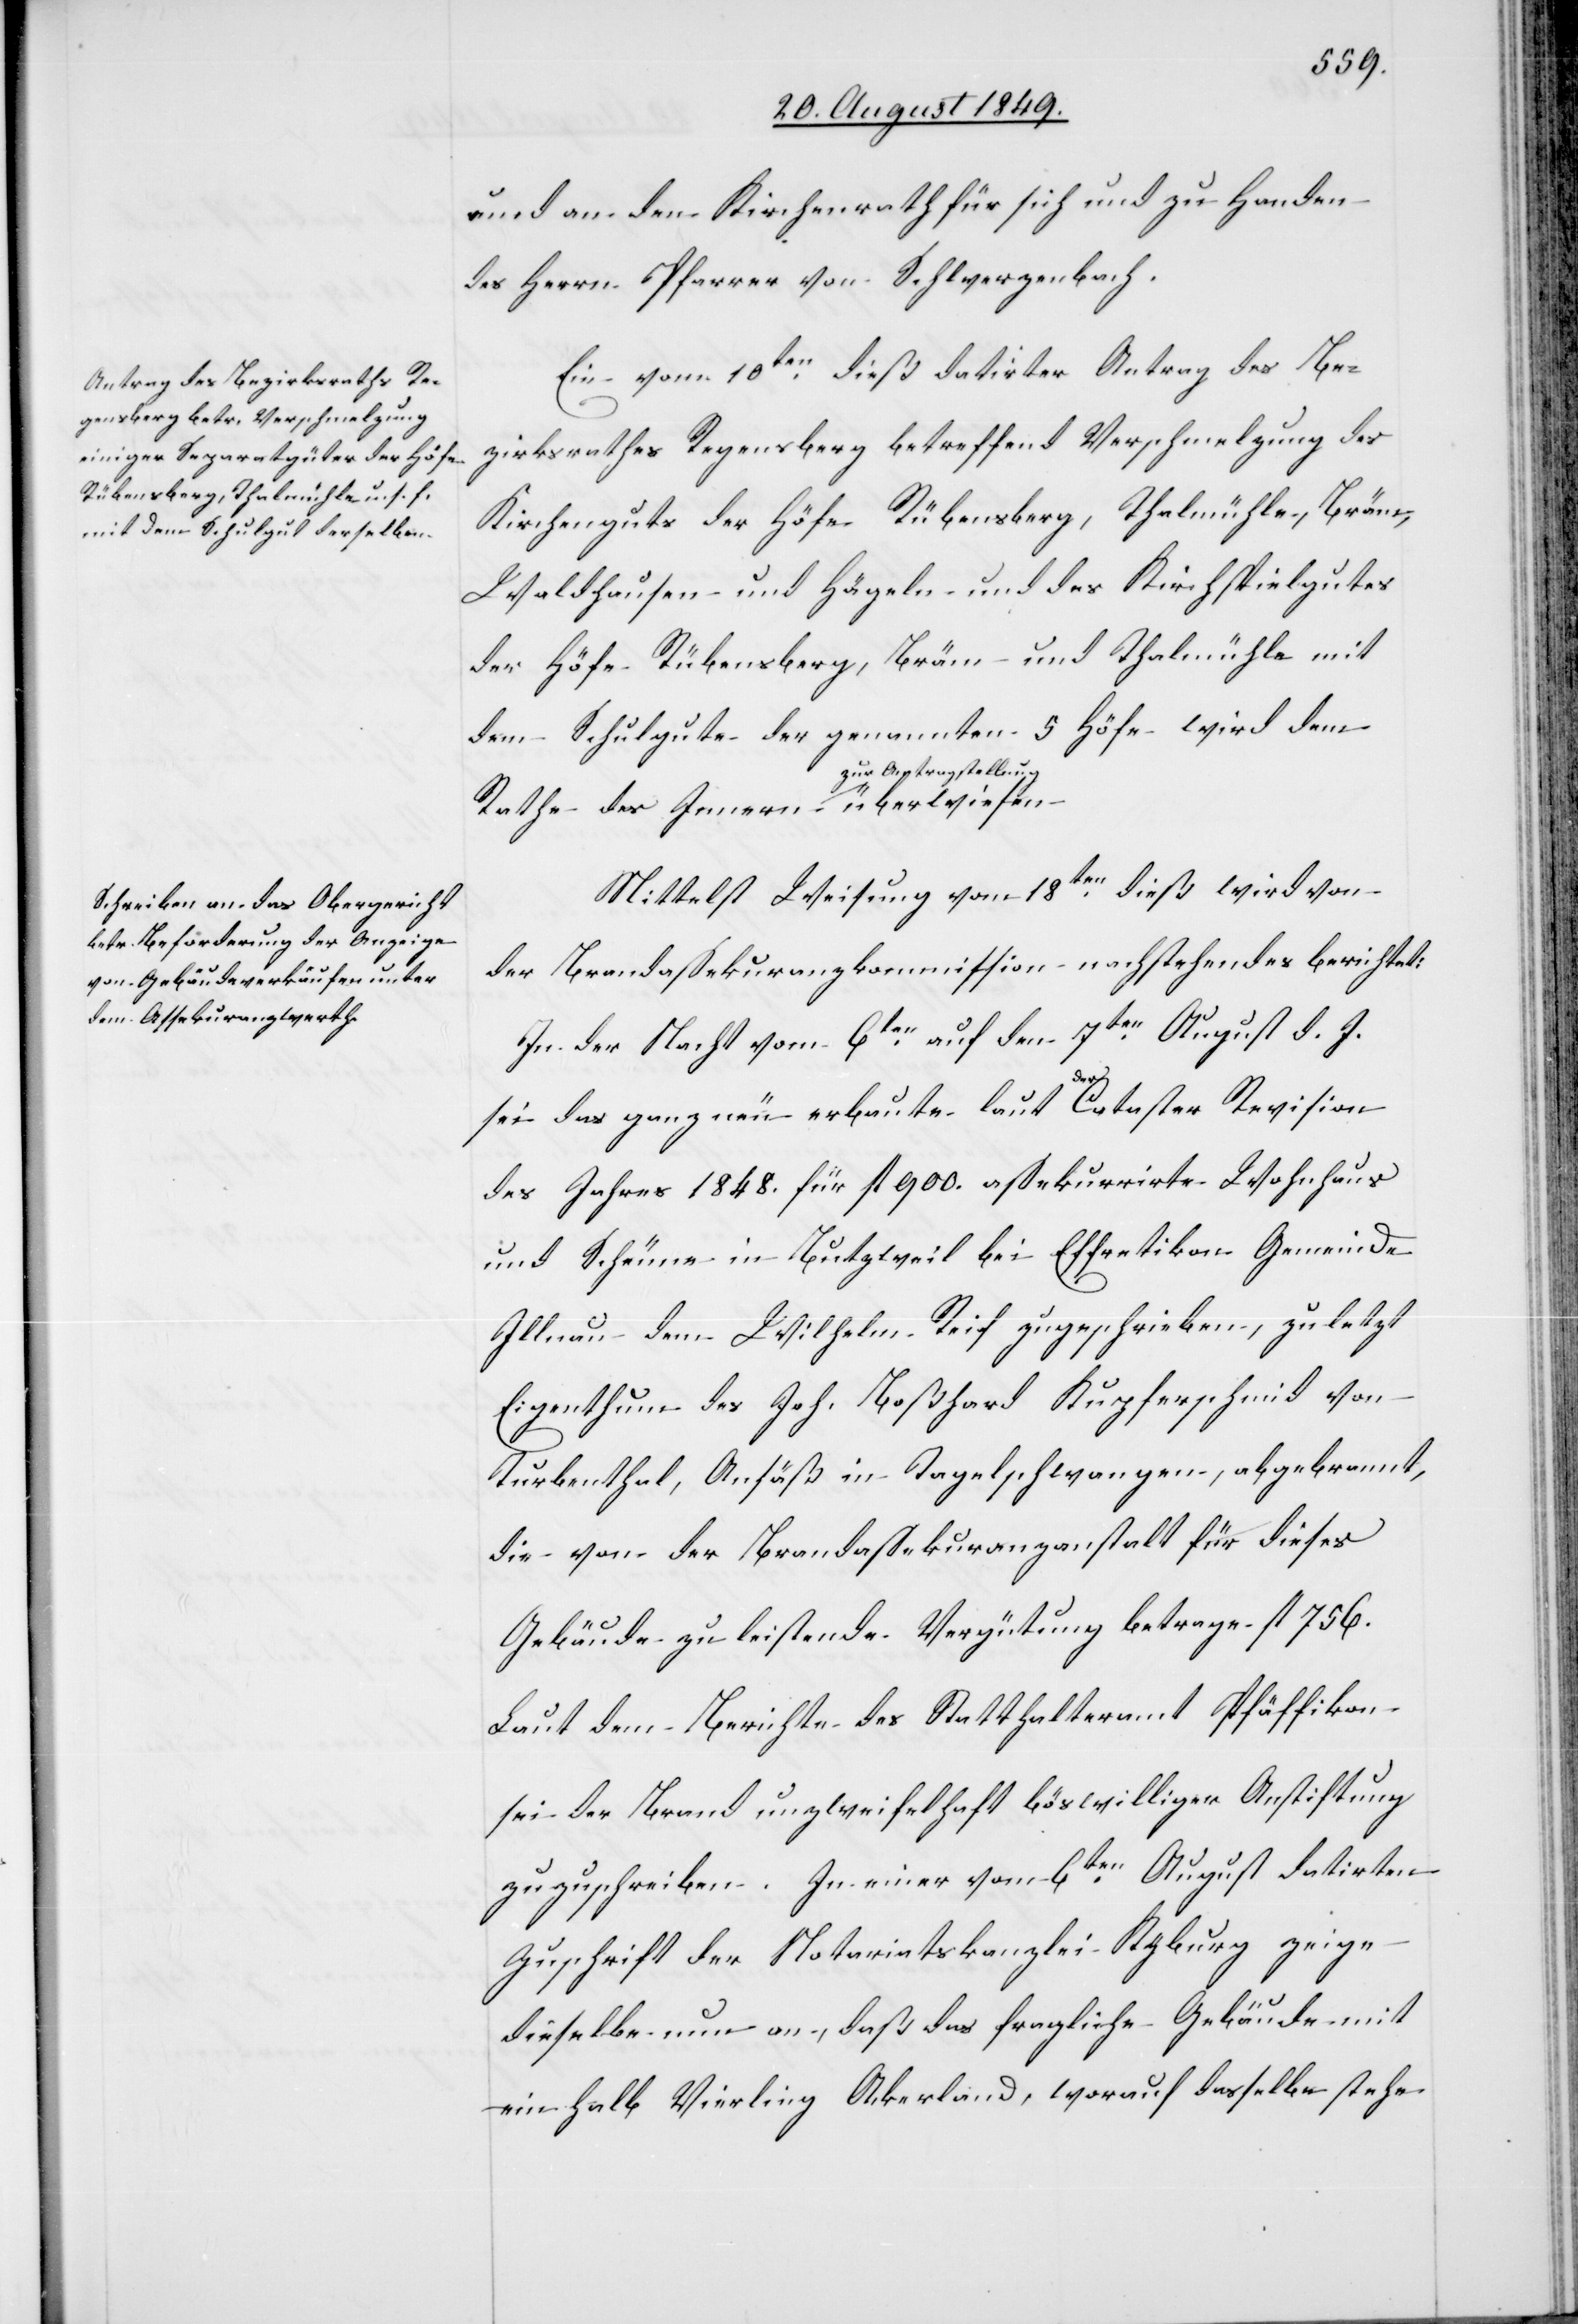
und an den Kirchenrath für sich und zu Handen
des Herrn Pfarrer von Schwerzenbach.
Ein vom 10ten dieß datirter Antrag des Be¬
zirksrathes Regensberg betreffend Verschmelzung des
Kirchenguts der Höfe Rübensberg, Thalmühle, Bräm,
Waldhausen und Hägeln und des Kirchspielgutes
der Höfe Rübensberg, Bräm und Thalmühle mit
dem Schulgute der genannten 5 Höfe wird dem
zur Antragstellung
Mittelst Weisung vom 18ten dieß wird von
der Brandassekuranzkommission nachstehendes berichtet:
In der Nacht vom 6ten auf den 7ten August d. J.
sei das ganz neu erbaute laut a-der-a Cataster Revision
des Jahres 1848. für fl. 900. assekurrirte Wohnhaus
und Scheune in Butzweil bei Effretikon Gemeinde
Illnau dem Wilhelm Reif zugeschrieben, zuletzt
Eigenthum des Joh. Boßhard Kupferschmid von
Turbenthal, Ansäß in Tagelschwangen, abgebrannt,
die von der Brandassekuranzanstalt für dieses
Gebäude zu leistende Vergütung betrage fl 756.
Laut dem Berichte des Statthalteramt[s] Pfäffikon
sei der Brand unzweifelhaft böswilliger Anstiftung
zuzuschreiben. In einer vom 6ten August datirten
Zuschrift der Notariatskanzlei Kyburg zeige
dieselbe nun an, daß das fragliche Gebäude mit
ein halb Vierling Ackerland, worauf dasselbe stehe